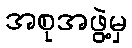
အစုအဖွဲ့မှ